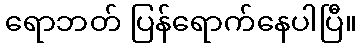
ရောဘတ် ပြန်ရောက်နေပါပြီ။